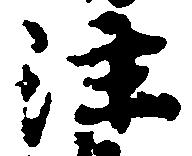
注